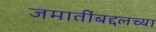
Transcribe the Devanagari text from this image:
जमातींबद्दलच्या